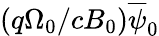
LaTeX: (q\Omega_{0}/cB_{0})\overline{{\psi}}_{0}